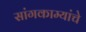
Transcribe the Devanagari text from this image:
सांगकाम्यांचे